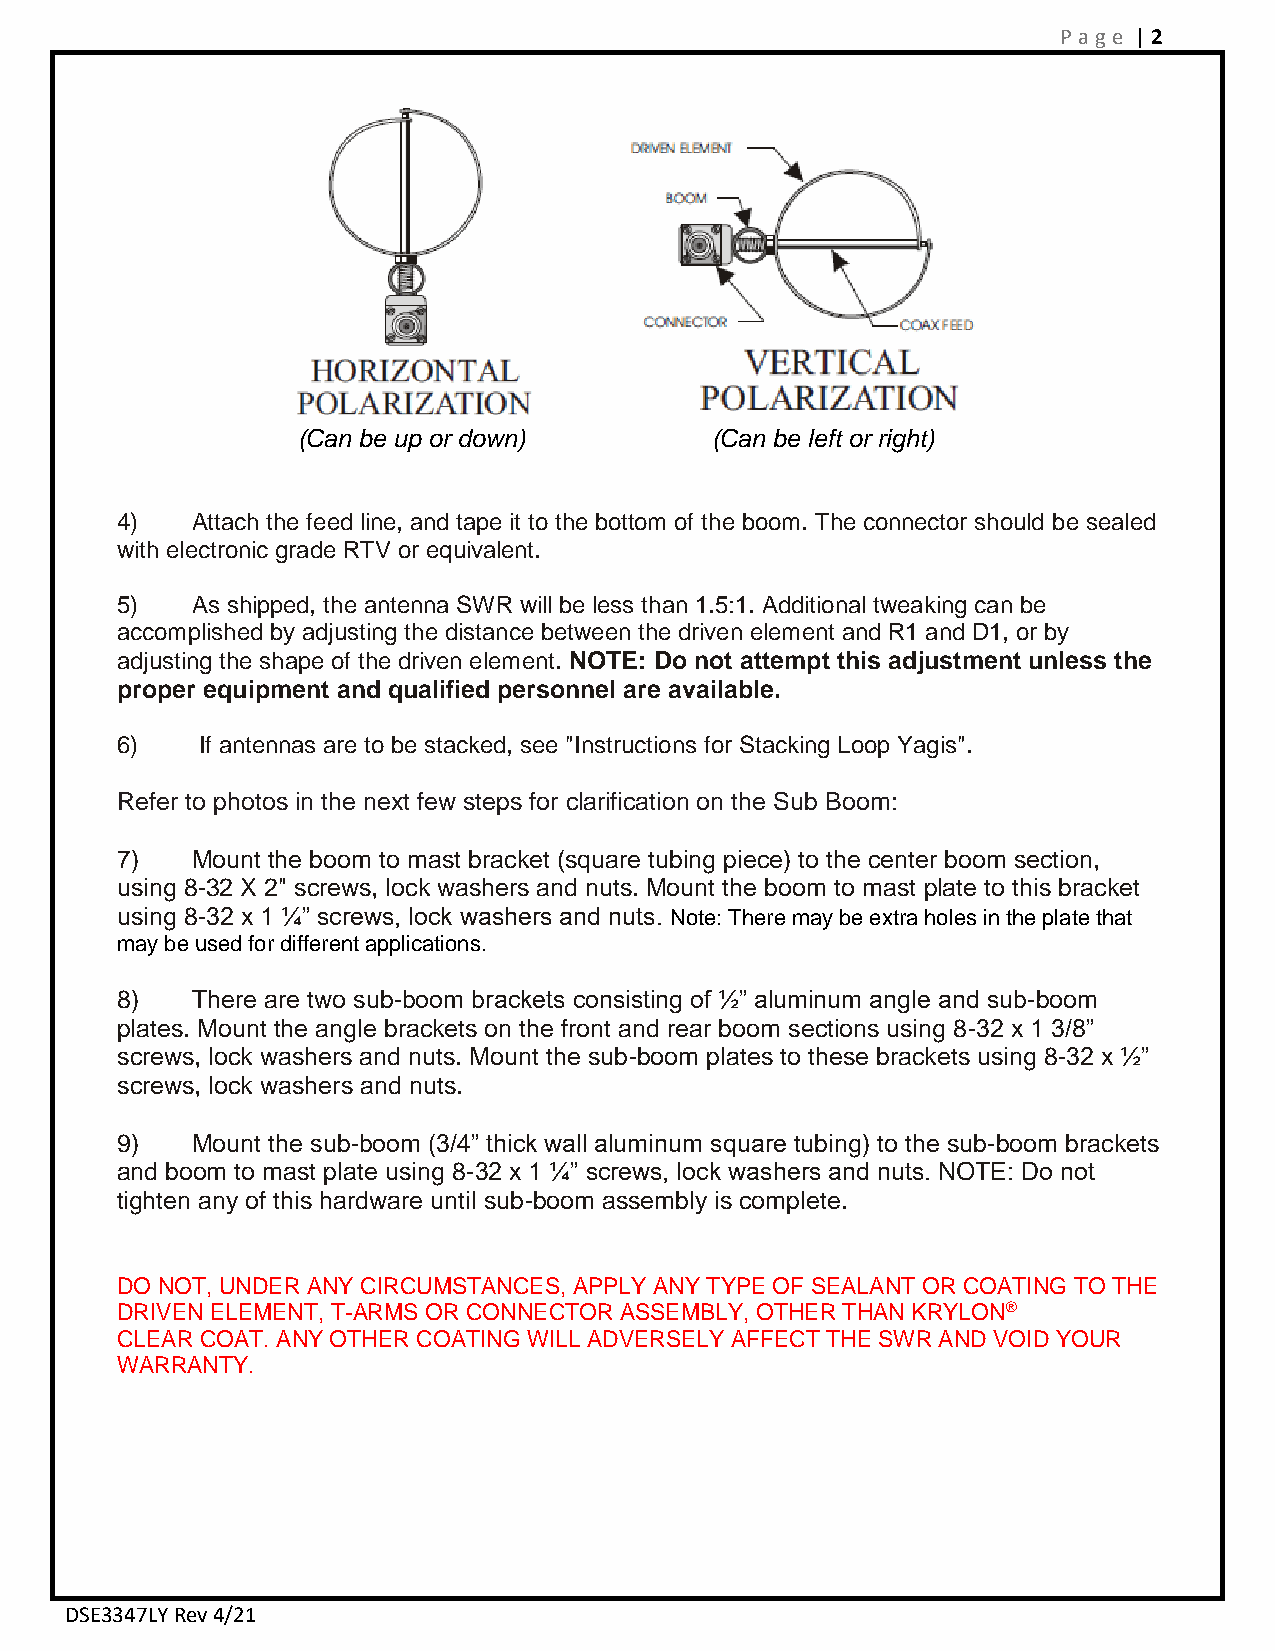
P age | 2
 (Can be up or down)        (Can be left or right)
 4)   Attach the feed line, and tape it to the bottom of the boom. The connector should be sealed
 with electronic grade RTV or equivalent.
 5)   As shipped, the antenna SWR will be less than 1.5:1. Additional tweaking can be
 accomplished by adjusting the distance between the driven element and R1 and D1, or by
 adjusting the shape of the driven element. NOTE: Do not attempt this adjustment unless the
 proper equipment and qualified personnel are available.
 6)   If antennas are to be stacked, see "Instructions for Stacking Loop Yagis".
 Refer to photos in the next few steps for clarification on the Sub Boom:
 7)   Mount the boom to mast bracket (square tubing piece) to the center boom section,
 using 8-32 X 2" screws, lock washers and nuts. Mount the boom to mast plate to this bracket
 using 8-32 x 1 ¼” screws, lock washers and nuts. Note: There may be extra holes in the plate that
 may be used for different applications.
 8)   There are two sub-boom brackets consisting of ½” aluminum angle and sub-boom
 plates. Mount the angle brackets on the front and rear boom sections using 8-32 x 1 3/8”
 screws, lock washers and nuts. Mount the sub-boom plates to these brackets using 8-32 x ½”
 screws, lock washers and nuts.
 9)   Mount the sub-boom (3/4” thick wall aluminum square tubing) to the sub-boom brackets
 and boom to mast plate using 8-32 x 1 ¼” screws, lock washers and nuts. NOTE: Do not
 tighten any of this hardware until sub-boom assembly is complete.
 DO NOT, UNDER ANY CIRCUMSTANCES, APPLY ANY TYPE OF SEALANT OR COATING TO THE
 DRIVEN ELEMENT, T-ARMS OR CONNECTOR ASSEMBLY, OTHER THAN KRYLON®
 CLEAR COAT. ANY OTHER COATING WILL ADVERSELY AFFECT THE SWR AND VOID YOUR
 WARRANTY.
 DSE3347LY Rev 4/21